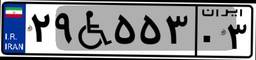
۲۹W۵۵۳۰۳